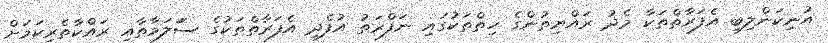
އުނިކަންލިބި އެފަރާތްތަކާ މެދު ރައްޔިތުންގެ ހިތްތަކުގައި ނަފްރަތު އުފެދި އެފަރާތްތަކުގެ ސަަލަމާތާއި ރައްކާތެރިކަމަށް